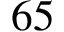
6 5